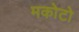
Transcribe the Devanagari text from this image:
मकोटो